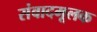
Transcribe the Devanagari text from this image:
संवादमूलक